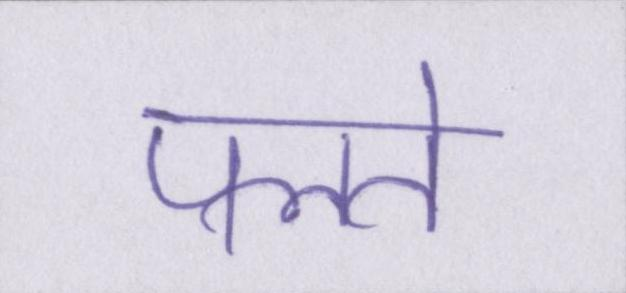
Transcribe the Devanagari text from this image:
पलते